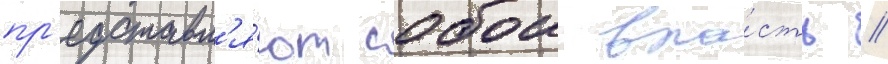
пр'едставл'я́ют собои вла́сть //